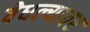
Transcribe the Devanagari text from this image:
वेधल्यावर